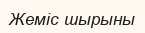
Жеміс шырыны